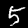
Label: 5